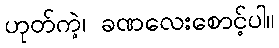
ဟုတ်ကဲ့၊ ခဏလေးစောင့်ပါ။